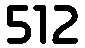
512